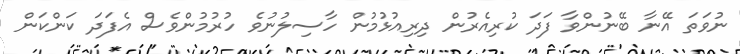
ނުވަތަ އޭނާ ބޭނުންވާ ފަދަ ކުރިއެރުން ދިރިއުޅުމުން ހާސިލުނުވެ ހުރުމުންވެސް އެފަދަ ކަންކަން